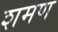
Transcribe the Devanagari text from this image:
शमण